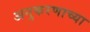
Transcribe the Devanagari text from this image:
अनुकरणाच्या